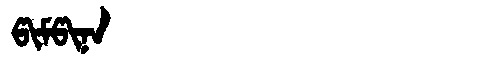
Manchu: ᡦᡳᠮᡦᡳᠨᠠ
Romanization: PIMPINA